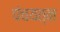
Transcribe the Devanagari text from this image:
पंचयत्‍न